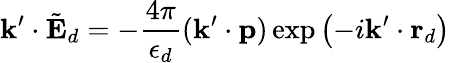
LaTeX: \mathbf{k}^{\prime}\cdot\tilde{\mathbf{E}}_{d}=-\frac{4\pi}{\epsilon_{d}}(\mathbf{k}^{\prime}\cdot\mathbf{p})\exp\left(-i\mathbf{k}^{\prime}\cdot\mathbf{r}_{d}\right)